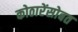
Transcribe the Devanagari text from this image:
कोठारेंसोबत